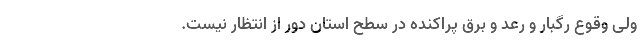
ولی وقوع رگبار و رعد و برق پراکنده در سطح استان دور از انتظار نیست.